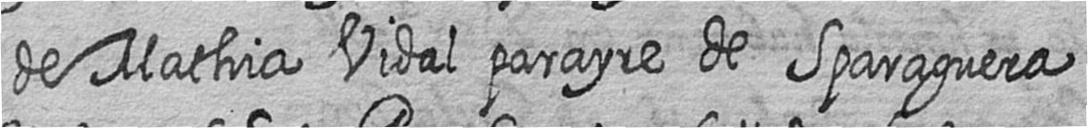
de Mathia Vidal parayre de Sparaguera